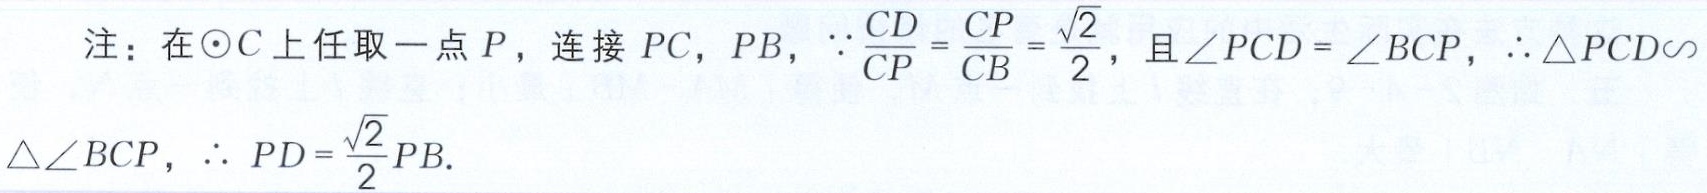
注：在$\odot C$上任取一点$P$，连接$PC$，$PB$，$\because\frac{CD}{CP}=\frac{CP}{CB}=\frac{\sqrt{2}}{2}$，且$\angle PCD = \angle BCP$，$\therefore \triangle PCD\sim\triangle BCP$，$\therefore PD = \frac{\sqrt{2}}{2}PB$.